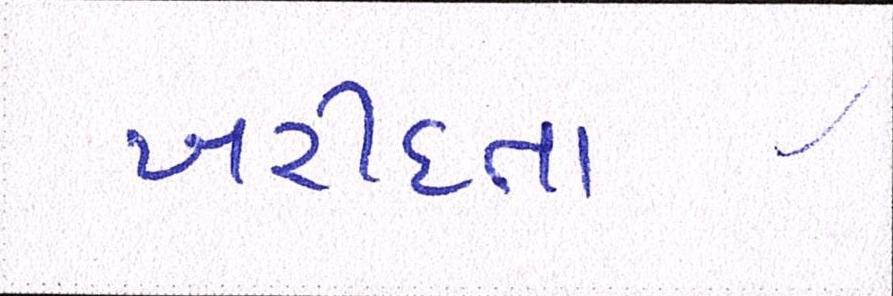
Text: ખરીદતા